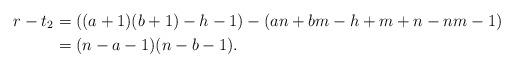
LaTeX: \begin{align*}r-t_2 &= \left((a+1)(b+1) - h -1\right) - \left(an + bm - h +m + n -nm - 1\right) \\& = (n-a-1)(n-b-1).\end{align*}